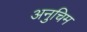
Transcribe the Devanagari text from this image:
अनुचिम